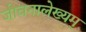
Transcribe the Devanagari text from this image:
जीवनालेख्यम्